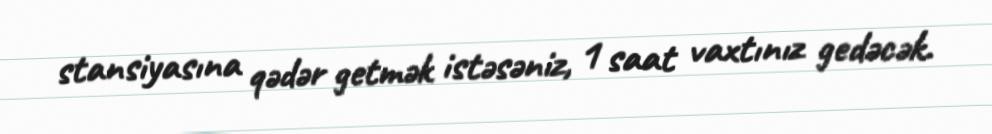
stansiyasına qədər getmək istəsəniz, 1 saat vaxtınız gedəcək.